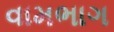
વામભાગ